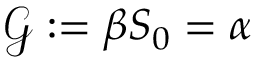
\mathcal { G } : = \beta S _ { 0 } = \alpha